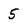
Character: 5